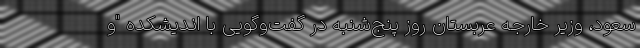
سعود، وزیر خارجه عربستان روز پنج‌شنبه در گفت‌وگویی با اندیشکده "و